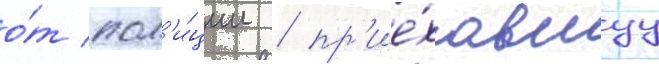
о́т пол'и́ции / пр'ие́хавшуу